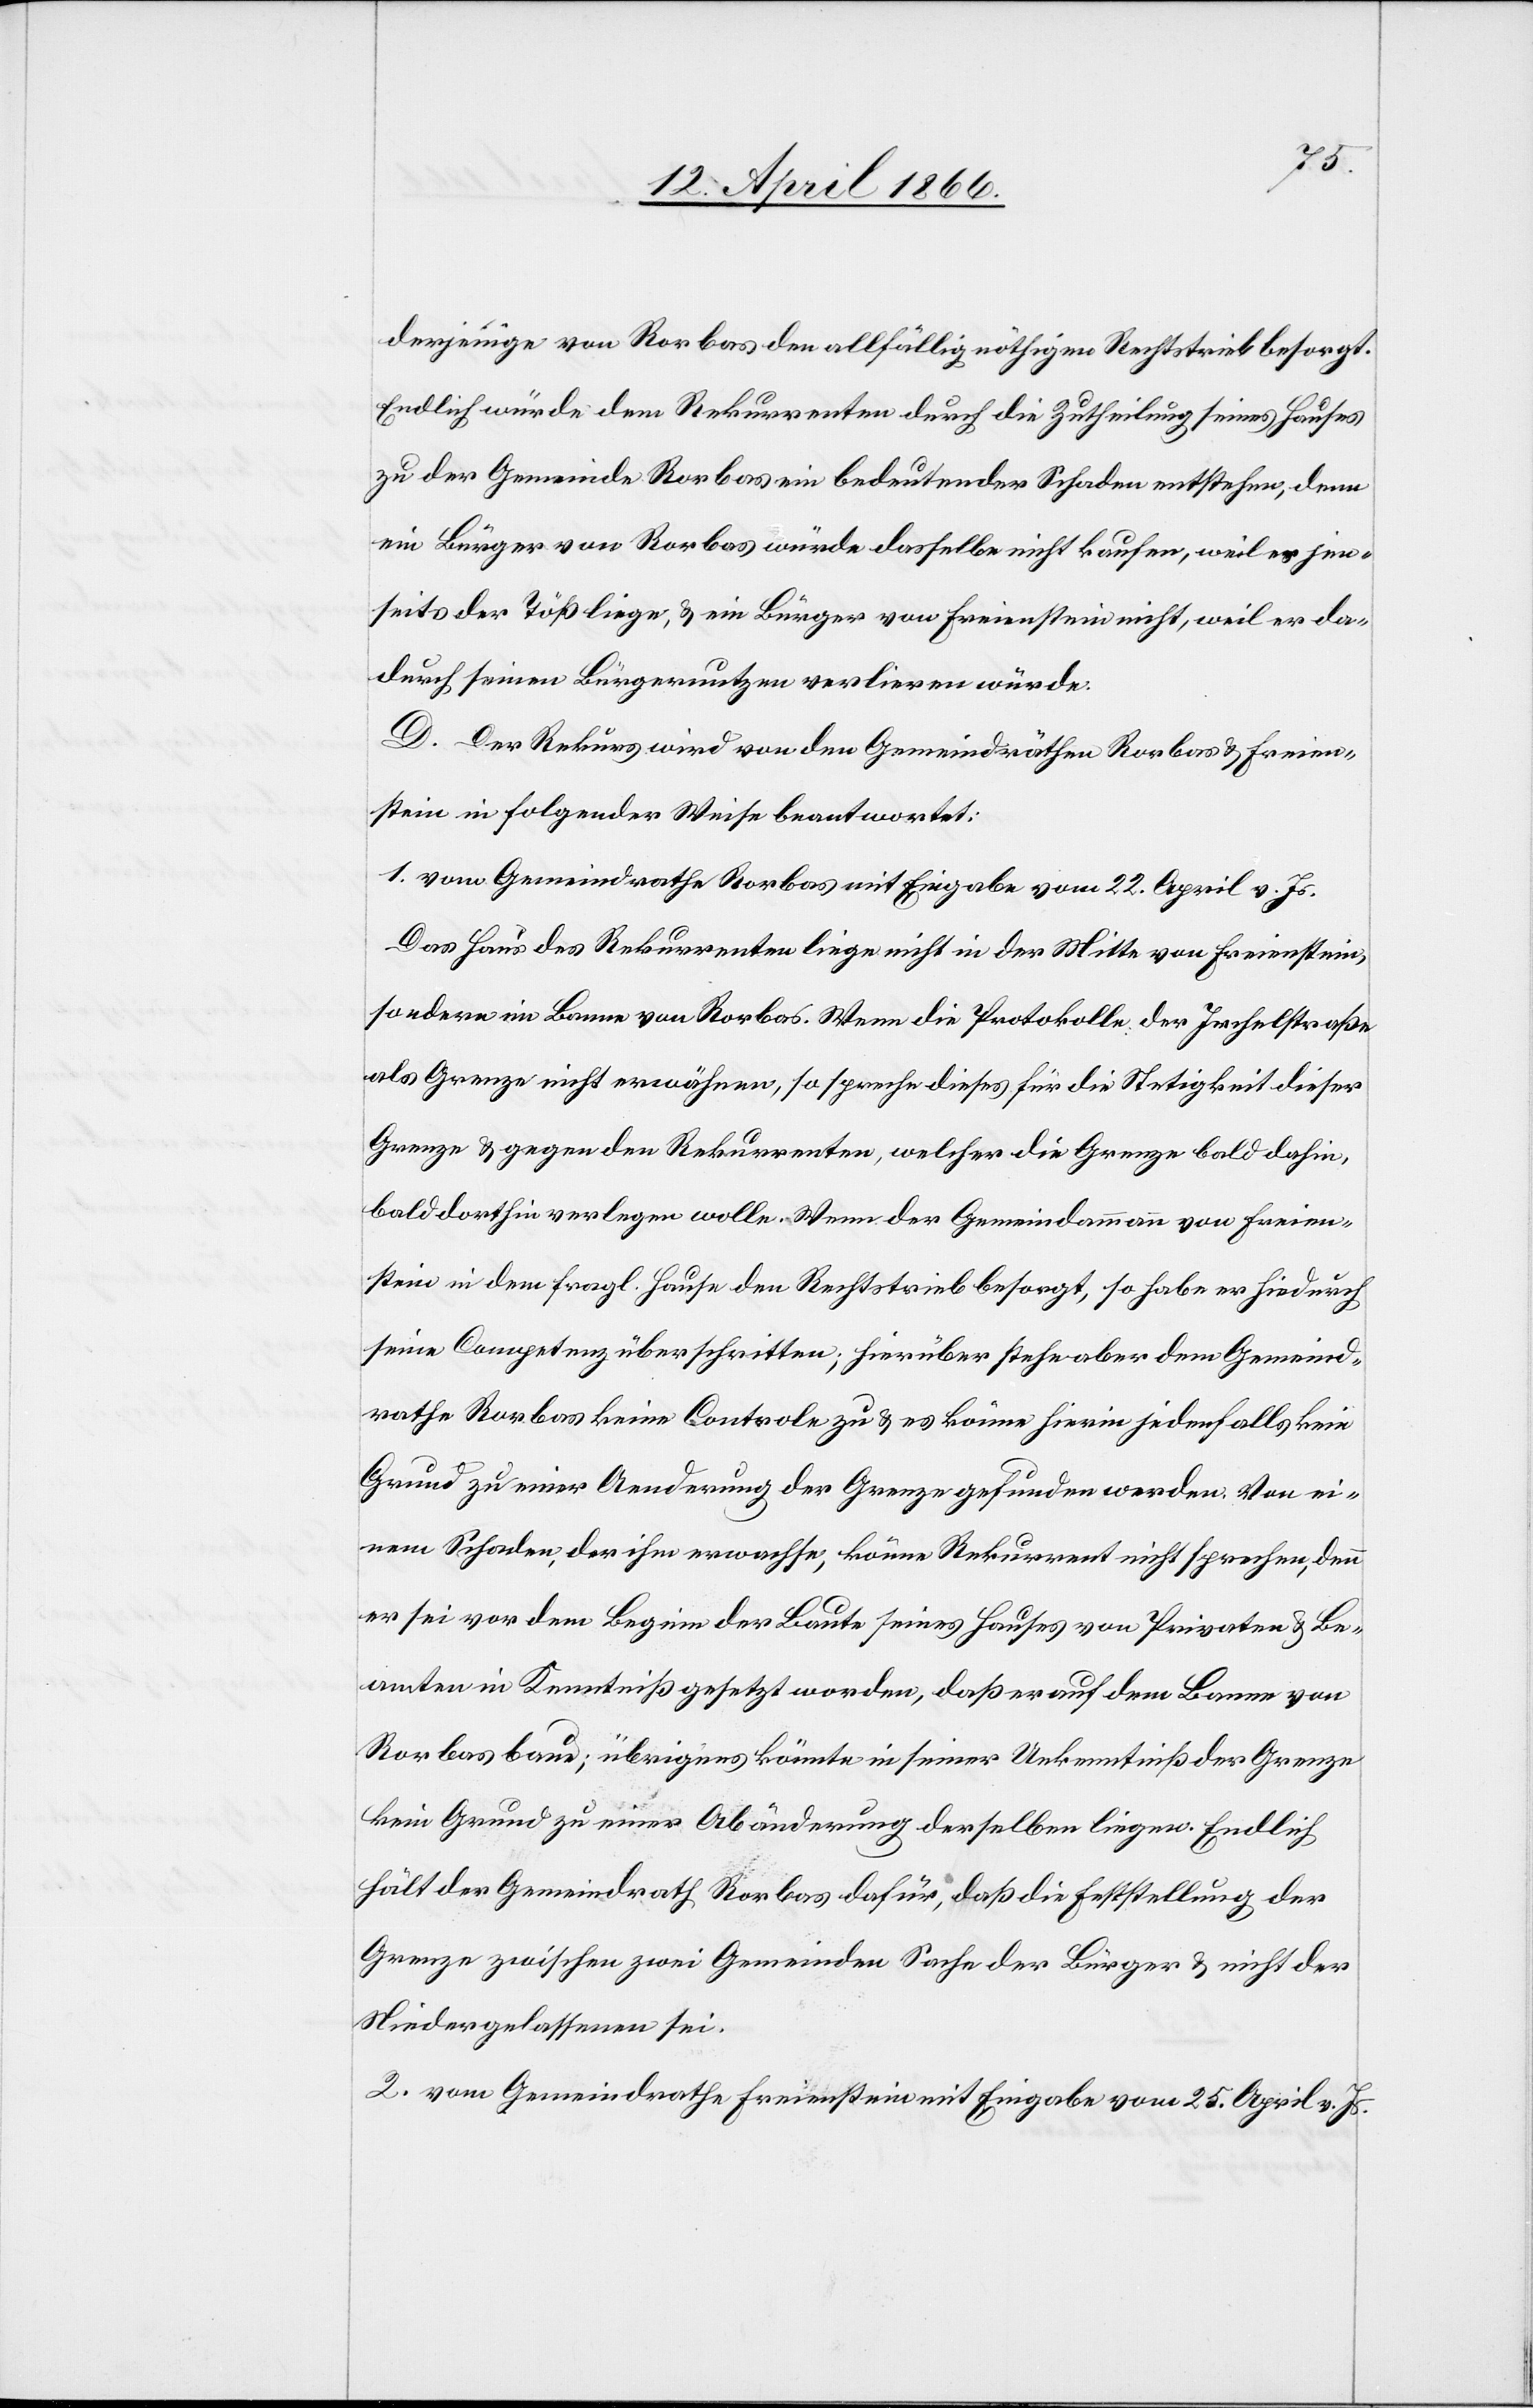
derjenige von Rorbas den allfällig nöthigen Rechtstrieb besorgt.
Endlich würde dem Rekurrenten durch die Zutheilung seines Hauses
zu der Gemeinde Rorbas ein bedeutender Schaden entstehen, denn
ein Bürger von Rorbas würde dasselbe nicht kaufen, weil es jen¬
seits der Töß liege, u. ein Bürger von Freienstein nicht, weil er da¬
durch seinen Bürgernutzen verliren würde.
D. Der Rekurs wird von den Gemeindräthen Rorbas u. Freien¬
stein in folgender Weise beantwortet:
1. vom Gemeindrathe Rorbas mit Eingabe vom 22. April v. Js.
Das Haus des Rekurrenten liege nicht in der Mitte von Freienstein,
sondern im Banne von Rorbas. Wenn die Protokolle die Irchelstraße
als Grenze nicht erwähnen, so spreche dieses für die Stetigkeit dieser
Grenze u. gegen den Rekurrenten, welcher die Grenze bald dahin,
bald dorthin verlegen wolle. Wenn der Gemeindammann von Freien¬
stein in dem fragl. Hause den Rechtstrieb besorgt, so habe er hiedurch
seine Competenz überschritten; hierüber stehe aber dem Gemeind¬
rathe Rorbas keine Controle zu u. es könne hierin jedenfalls kein
Grund zu einer Aenderung der Grenze gefunden werden. Von ei¬
nem Schaden, der ihm erwachse, könne Rekurrent nicht sprechen, denn
er sei vor dem Beginn der Baute seines Hauses von Privaten u. Be¬
amten in Kenntniß gesetzt worden, daß er auf dem Banne von
Rorbas baue; übrigens könnte in seiner Unkenntniß der Grenze
kein Grund zu einer Abänderung derselben liegen. Endlich
hält der Gemeindrath Rorbas dafür, daß die Feststellung der
Grenze zwischen zwei Gemeinden Sache der Bürger u. nicht der
Niedergelassenen sei.
2. vom Gemeindrathe Freienstein mit Eingabe vom 25. April v. Js.